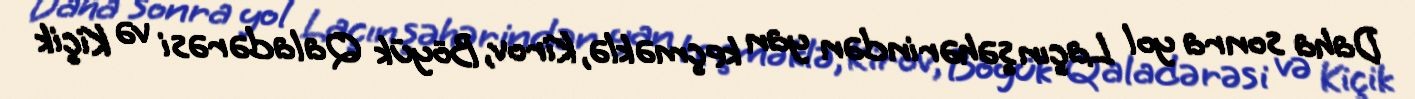
Daha sonra yol Laçın şəhərindən yan keçməklə, Kirov, Böyük Qaladərəsi və Kiçik